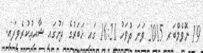
19 ނޮވެމްބަރ 2015 ވަނަ ދުވަހު 16:21 ގައި ޚަބަރުގެ ދަށުގައި ޝާއިޢުކުރެވިފައި.